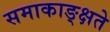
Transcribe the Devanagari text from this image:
समाकाङ्क्षते